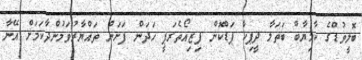
ބޮލީވުޑްގެ ކާމިޔާބް ބަތަލާ ދީޕިކާ ޕަޑްކޮން ފިޒިއޯތެރަޕީ ހަދަން ފަށަން ތައްޔާރުވަމުންދާކަމަށް އޭނާ